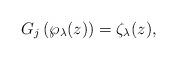
LaTeX: \begin{align*}G_{j}\left(\wp_\lambda(z)\right)=\zeta_\lambda(z),\end{align*}